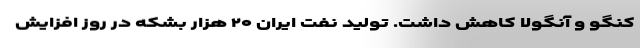
کنگو و آنگولا کاهش داشت. تولید نفت ایران ۲۰ هزار بشکه در روز افزایش